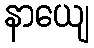
နာယျေ